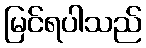
မြင်ရပါသည်